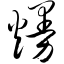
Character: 熳